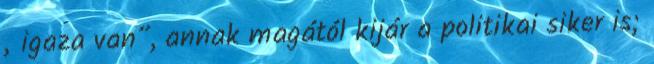
„igaza van”, annak magától kijár a politikai siker is;